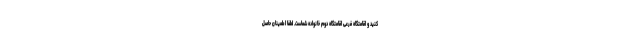
کنید و اقامتگاه فرعی اقامتگاه دوم خانواده شماست. لطفا اطمینان حاصل